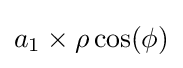
a_{1}\times \rho \cos(\phi )